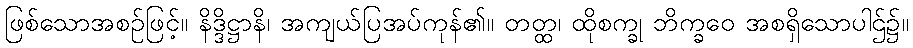
ဖြစ်သောအစဉ်ဖြင့်။ နိဒ္ဒိဋ္ဌာနိ၊ အကျယ်ပြအပ်ကုန်၏။ တတ္ထ၊ ထိုစက္ခု ဘိက္ခဝေ အစရှိသောပါဌ်၌။